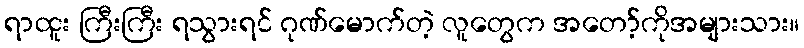
ရာထူး ကြီးကြီး ရသွားရင် ဂုဏ်မောက်တဲ့ လူတွေက အတော့်ကိုအများသား။